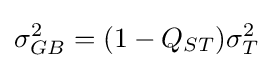
\sigma _{GB}^{2}=(1-Q_{ST})\sigma _{T}^{2}